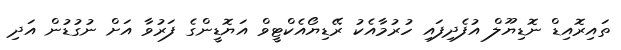
ތައިރޮއިޑް ނޮޑިޔޫލް އުފެދިފައި ހުރުމާއެކު ރޭޑިޔޯއެކްޓީވް އަޔޮޑީންގެ ފަރުވާ އަށް ނުގުޑުން އަދި